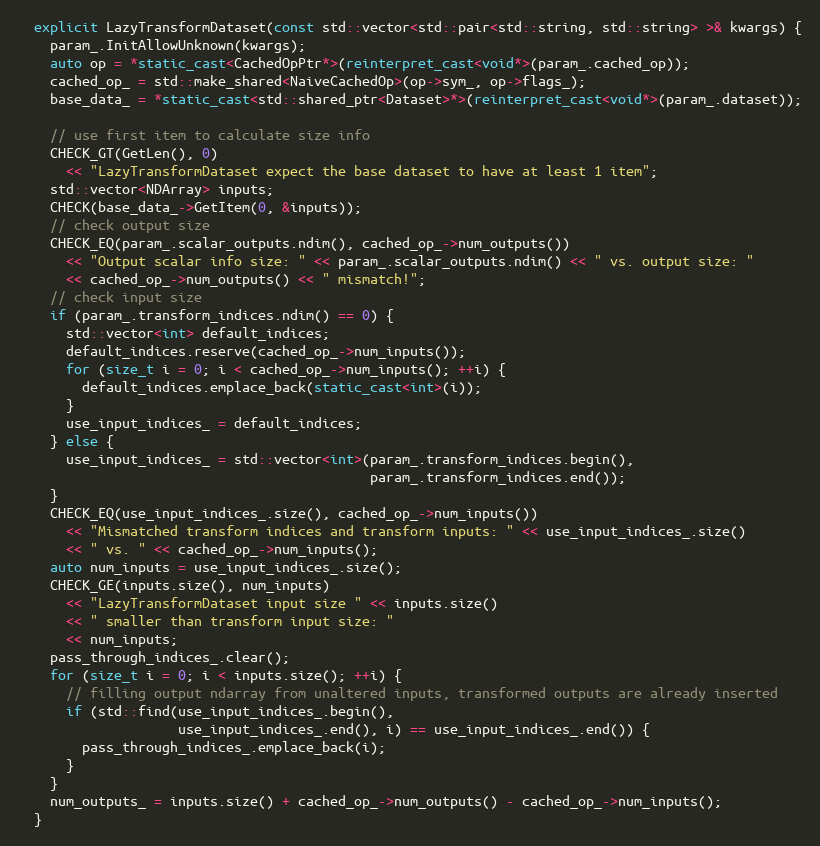
Language: C++
  explicit LazyTransformDataset(const std::vector<std::pair<std::string, std::string> >& kwargs) {
    param_.InitAllowUnknown(kwargs);
    auto op = *static_cast<CachedOpPtr*>(reinterpret_cast<void*>(param_.cached_op));
    cached_op_ = std::make_shared<NaiveCachedOp>(op->sym_, op->flags_);
    base_data_ = *static_cast<std::shared_ptr<Dataset>*>(reinterpret_cast<void*>(param_.dataset));

    // use first item to calculate size info
    CHECK_GT(GetLen(), 0)
      << "LazyTransformDataset expect the base dataset to have at least 1 item";
    std::vector<NDArray> inputs;
    CHECK(base_data_->GetItem(0, &inputs));
    // check output size
    CHECK_EQ(param_.scalar_outputs.ndim(), cached_op_->num_outputs())
      << "Output scalar info size: " << param_.scalar_outputs.ndim() << " vs. output size: "
      << cached_op_->num_outputs() << " mismatch!";
    // check input size
    if (param_.transform_indices.ndim() == 0) {
      std::vector<int> default_indices;
      default_indices.reserve(cached_op_->num_inputs());
      for (size_t i = 0; i < cached_op_->num_inputs(); ++i) {
        default_indices.emplace_back(static_cast<int>(i));
      }
      use_input_indices_ = default_indices;
    } else {
      use_input_indices_ = std::vector<int>(param_.transform_indices.begin(),
                                            param_.transform_indices.end());
    }
    CHECK_EQ(use_input_indices_.size(), cached_op_->num_inputs())
      << "Mismatched transform indices and transform inputs: " << use_input_indices_.size()
      << " vs. " << cached_op_->num_inputs();
    auto num_inputs = use_input_indices_.size();
    CHECK_GE(inputs.size(), num_inputs)
      << "LazyTransformDataset input size " << inputs.size()
      << " smaller than transform input size: "
      << num_inputs;
    pass_through_indices_.clear();
    for (size_t i = 0; i < inputs.size(); ++i) {
      // filling output ndarray from unaltered inputs, transformed outputs are already inserted
      if (std::find(use_input_indices_.begin(),
                    use_input_indices_.end(), i) == use_input_indices_.end()) {
        pass_through_indices_.emplace_back(i);
      }
    }
    num_outputs_ = inputs.size() + cached_op_->num_outputs() - cached_op_->num_inputs();
  }